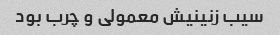
سیب زنینیش معمولی و چرب بود